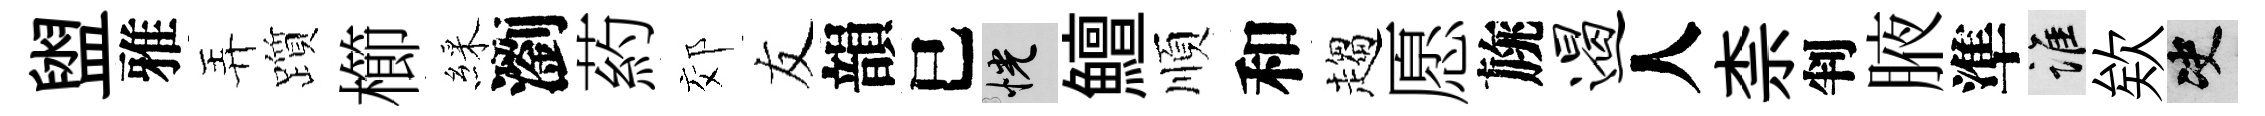
盥雅弄躓櫛綵瀏葯郊友韻巳恍鱣順和趨愿旐遏人柰判腋準誰欸决